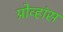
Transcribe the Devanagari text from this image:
प्रोव्हांस